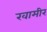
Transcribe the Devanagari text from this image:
खामीर